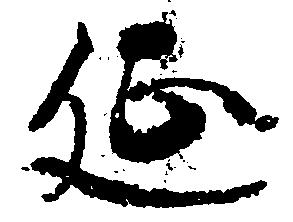
延